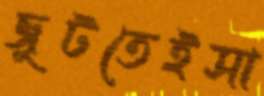
জুটতেইসা